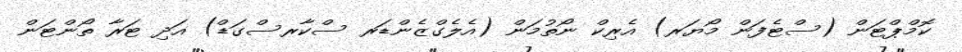
ކޮމްޕްޓަން (ސްޓެފަން މޯޔަރ) އެރިކް ނޯތުމަން (އެލެގްޒެންޑަރ ސްކާރސްގަޑް) އަދި ޓަރާ ތޯންޓަން